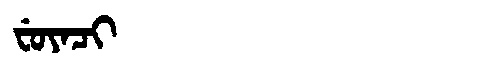
Manchu: ᠸᡠᠶᠠᠴᡳ
Romanization: FUYACI